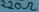
Text: 220Ω